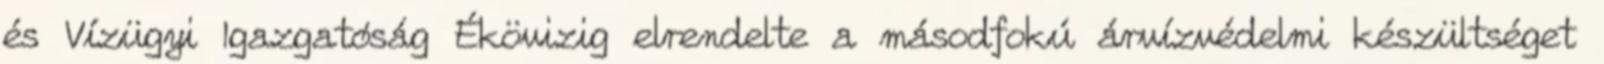
és Vízügyi Igazgatóság Ékövizig elrendelte a másodfokú árvízvédelmi készültséget